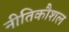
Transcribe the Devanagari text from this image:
नीतिकौशल